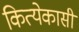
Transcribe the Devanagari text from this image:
कित्येकासी